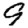
Digit: 9